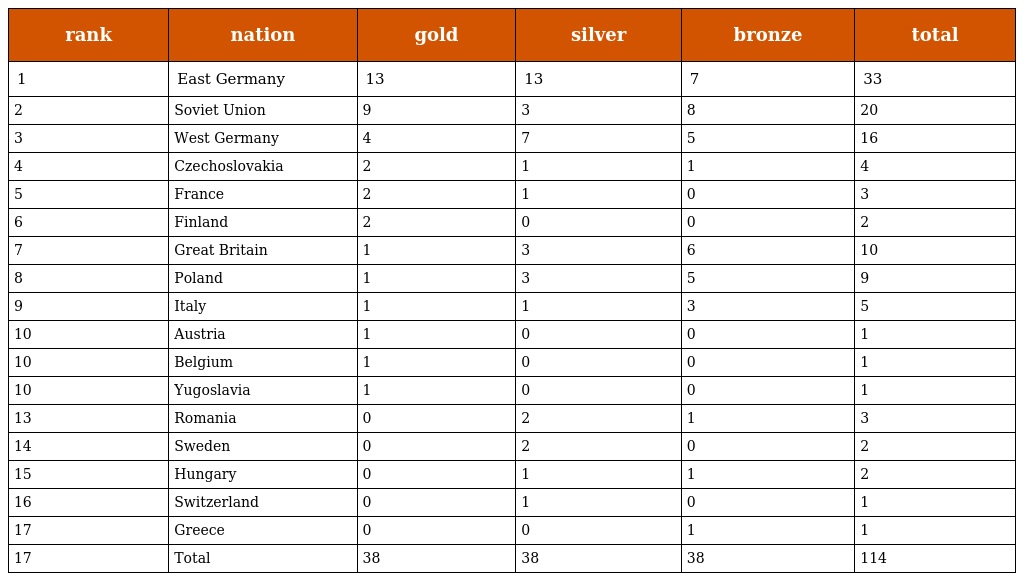
| rank | nation | gold | silver | bronze | total |
 | --- | --- | --- | --- | --- | --- |
 | 1 | East Germany | 13 | 13 | 7 | 33 |
 | 2 | Soviet Union | 9 | 3 | 8 | 20 |
 | 3 | West Germany | 4 | 7 | 5 | 16 |
 | 4 | Czechoslovakia | 2 | 1 | 1 | 4 |
 | 5 | France | 2 | 1 | 0 | 3 |
 | 6 | Finland | 2 | 0 | 0 | 2 |
 | 7 | Great Britain | 1 | 3 | 6 | 10 |
 | 8 | Poland | 1 | 3 | 5 | 9 |
 | 9 | Italy | 1 | 1 | 3 | 5 |
 | 10 | Austria | 1 | 0 | 0 | 1 |
 | 10 | Belgium | 1 | 0 | 0 | 1 |
 | 10 | Yugoslavia | 1 | 0 | 0 | 1 |
 | 13 | Romania | 0 | 2 | 1 | 3 |
 | 14 | Sweden | 0 | 2 | 0 | 2 |
 | 15 | Hungary | 0 | 1 | 1 | 2 |
 | 16 | Switzerland | 0 | 1 | 0 | 1 |
 | 17 | Greece | 0 | 0 | 1 | 1 |
 | 17 | Total | 38 | 38 | 38 | 114 |